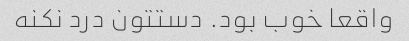
واقعا خوب بود. دستتون درد نکنه